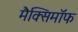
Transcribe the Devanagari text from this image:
मैक्सिमाॅफ